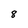
Character: 8